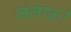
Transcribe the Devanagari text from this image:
जलाऊ।